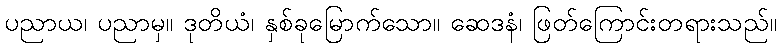
ပညာယ၊ ပညာမှ။ ဒုတိယံ၊ နှစ်ခုမြောက်သော။ ဆေဒနံ၊ ဖြတ်ကြောင်းတရားသည်။